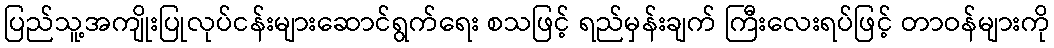
ပြည်သူ့အကျိုးပြုလုပ်ငန်းများဆောင်ရွက်ရေး စသဖြင့် ရည်မှန်းချက် ကြီးလေးရပ်ဖြင့် တာဝန်များကို